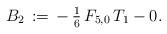
LaTeX: \begin{align*}B_2\,:=\,-\,\tfrac{1}{6}\,F_{5,0}\,T_1-0.\end{align*}